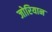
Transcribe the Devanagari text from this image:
जोरियान